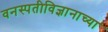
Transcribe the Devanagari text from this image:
वनस्पतीविज्ञानाच्या